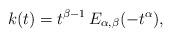
\begin{align*}k(t) = t^{\beta -1}\, E_{\alpha,\beta}(-t^\alpha),\end{align*}